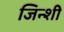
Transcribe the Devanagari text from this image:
जिन्शी